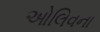
ઓલિવના